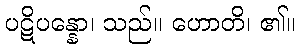
ပဋိပန္နော၊ သည်။ ဟောတိ၊ ၏။